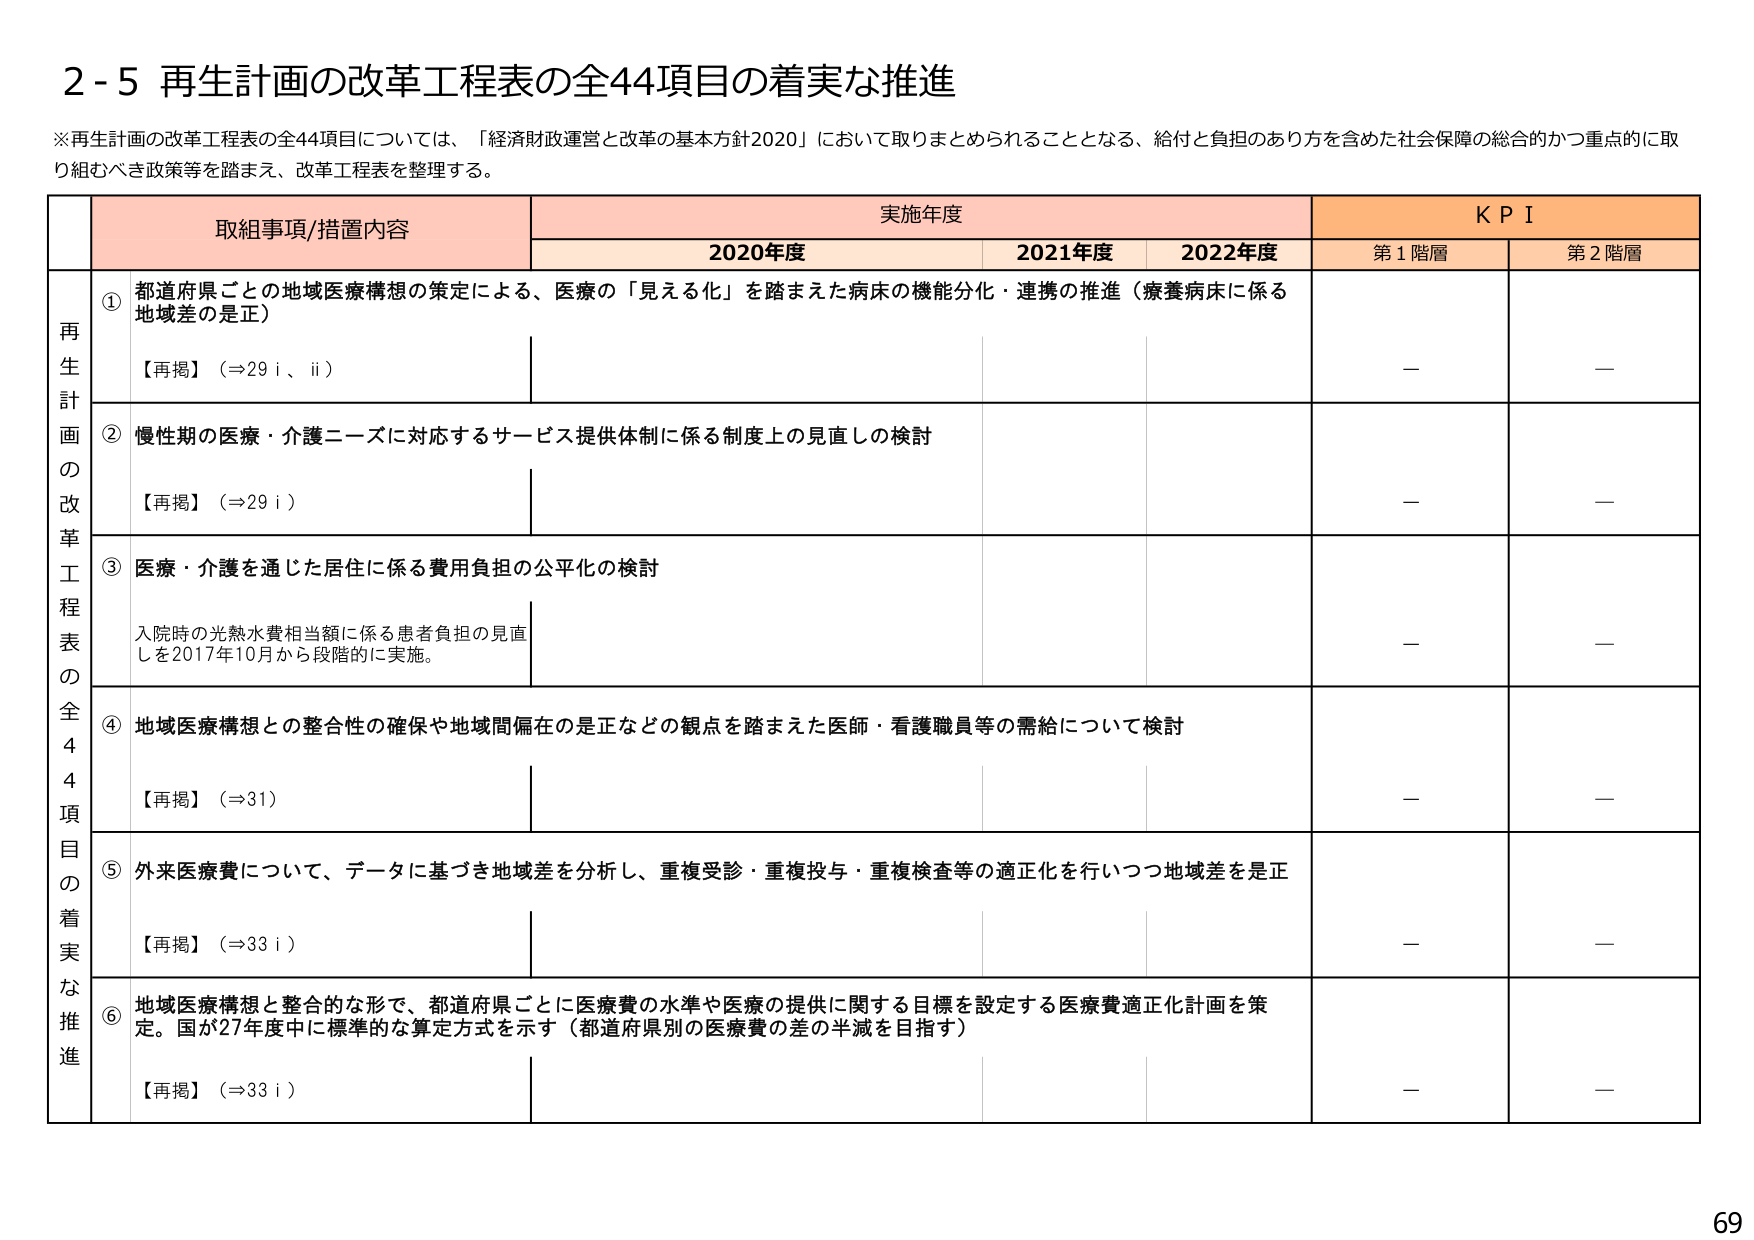
2-5 再生計画の改革工程表の全44項目の着実な推進

※再生計画の改革工程表の全44項目については、「経済財政運営と改革の基本方針2020」において取りまとめられることとなる、給付と負担のあり方を含めた社会保障の総合的かつ重点的に取り組むべき政策等を踏まえ、改革工程表を整理する。

取組事項/措置内容　　実施年度　　KPI
　　　　　　　　　　　2020年度　　2021年度　　2022年度　　第1階層　　第2階層

再生計画の改革工程表の全44項目の着実な推進

① 都道府県ごとの地域医療構想の策定による、医療の「見える化」を踏まえた病床の機能分化・連携の推進（療養病床に係る地域差の是正）
【再掲】（⇒29 i、ii）

② 慢性期の医療・介護ニーズに対応するサービス提供体制に係る制度上の見直しの検討
【再掲】（⇒29 i）

③ 医療・介護を通じた居住に係る費用負担の公平化の検討
入院時の光熱水費相当額に係る患者負担の見直しを2017年10月から段階的に実施。

④ 地域医療構想との整合性の確保や地域間偏在の是正などの観点を踏まえた医師・看護職員等の需給について検討
【再掲】（⇒31）

⑤ 外来医療費について、データに基づき地域差を分析し、重複受診・重複投与・重複検査等の適正化を行いつつ地域差を是正
【再掲】（⇒33 i）

⑥ 地域医療構想と整合的な形で、都道府県ごとに医療費の水準や医療の提供に関する目標を設定する医療費適正化計画を策定。国が27年度中に標準的な算定方式を示す（都道府県別の医療費の差の半減を目指す）
【再掲】（⇒33 i）

69